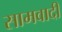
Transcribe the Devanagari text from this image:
सामवादी